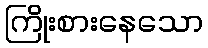
ကြိုးစားနေသော